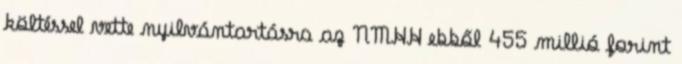
költéssel vette nyilvántartásra az NMHH ebből 455 millió forint